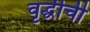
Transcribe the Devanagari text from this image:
वृद्धीची